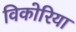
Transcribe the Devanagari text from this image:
विकोरिया